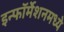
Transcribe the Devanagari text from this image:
इन्फॉर्मेशनमध्ये